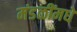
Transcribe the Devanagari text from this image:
मंडळींमधे